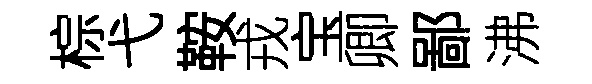
棕弋鞍戎宝卿鄙沸